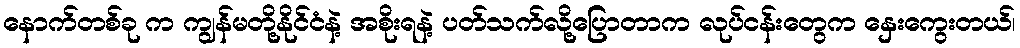
နောက်တစ်ခု က ကျွန်မတို့နိုင်ငံနဲ့ အစိုးရနဲ့ ပတ်သက်လို့ပြောတာက လုပ်ငန်းတွေက နှေးကွေးတယ်၊